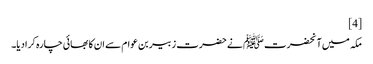
[4]
مکہ میں آنحضرت ﷺ نے حضرت زبیر بن عوام سے ان کا بھائی چارہ کرادیا۔